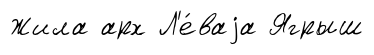
Жила арх Л'е́ваjа Ягрыш